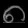
Digit: ၈